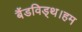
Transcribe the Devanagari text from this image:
बैंडविड्थ।हम